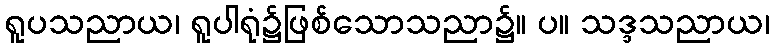
ရူပသညာယ၊ ရူပါရုံ၌ဖြစ်သောသညာ၌။ ပ။ သဒ္ဒသညာယ၊